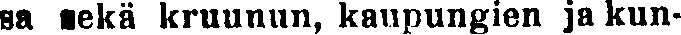
sa sekä kruunun, kaupungien ja kun-